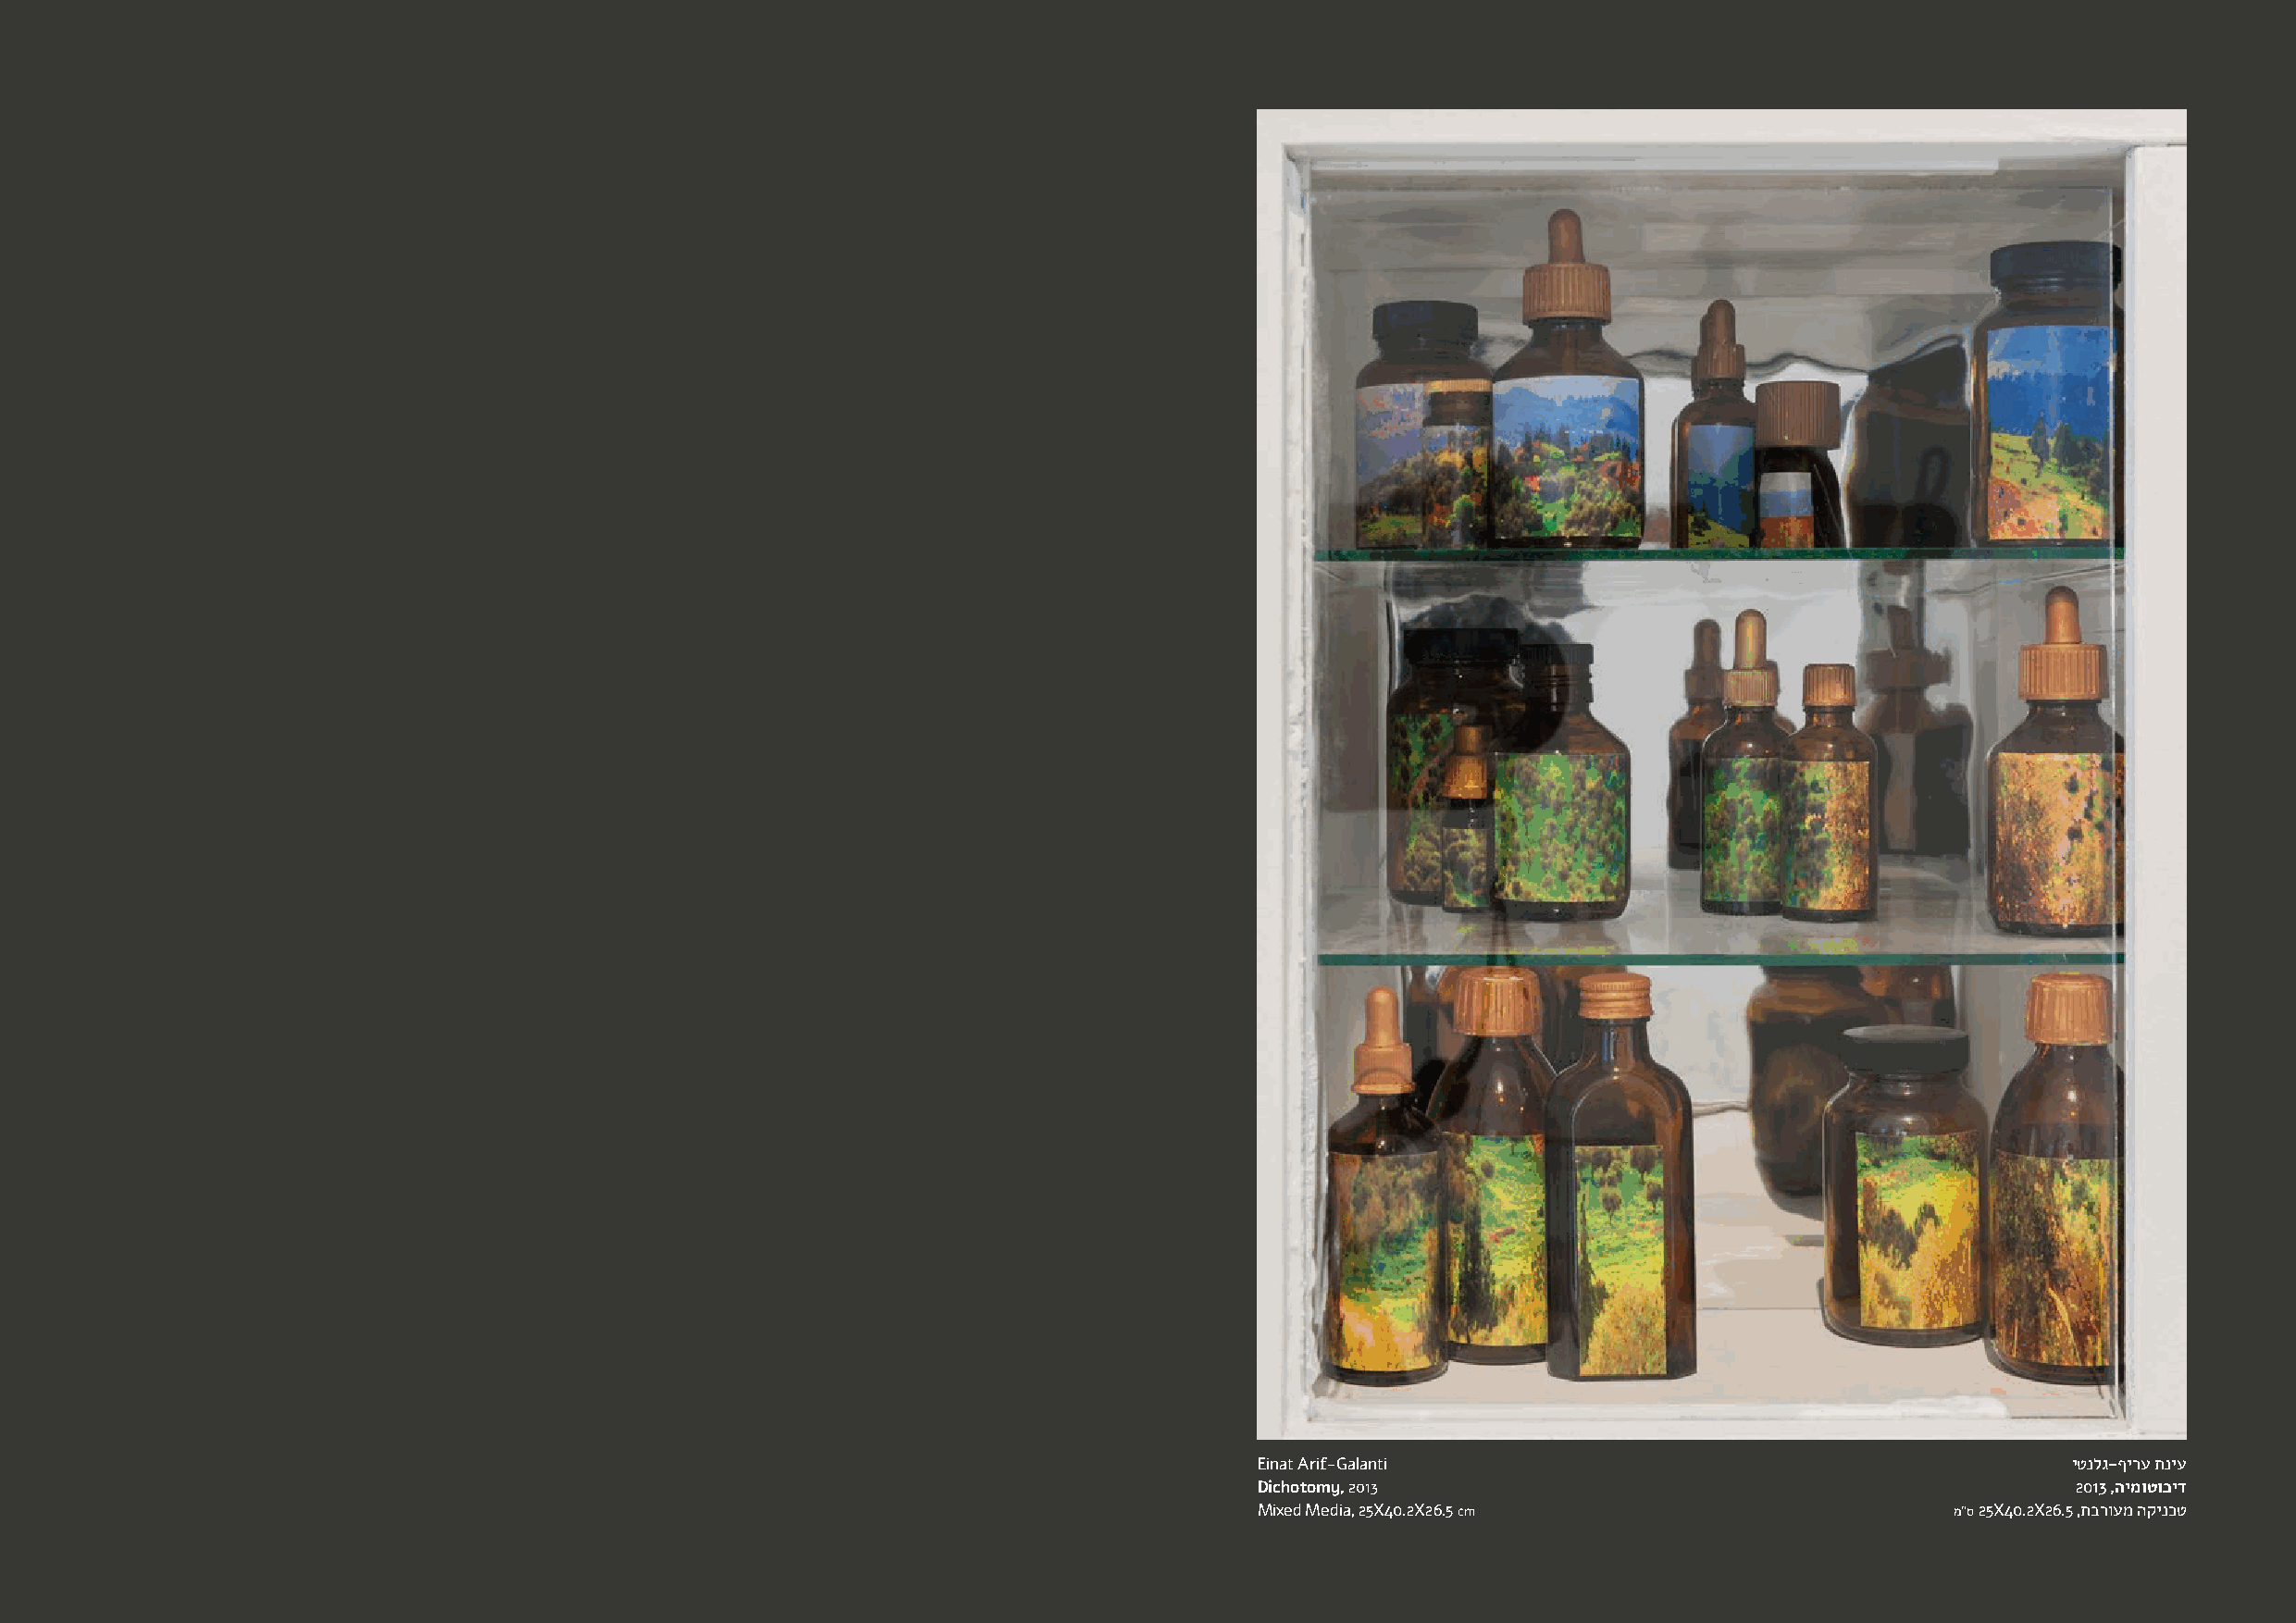
Einat Arif-Galanti                                        יטנלג-ףירע תניע
 Dichotomy, 2013                                           2013 ,הימוטוכיד
 Mixed Media, 25X40.2X26.5 cm                      מ"ס 25X40.2X26.5 ,תברועמ הקינכט